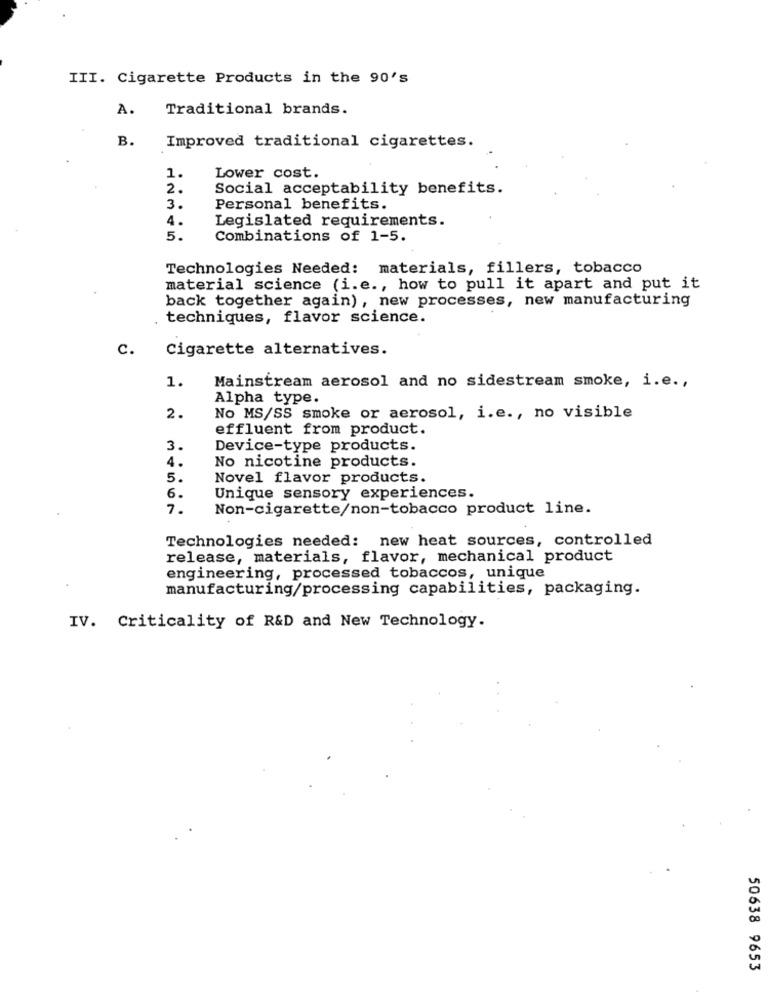
III. Cigarette Products in the 90's
A.
Traditional brands.
B.
Improved traditional cigarettes.
1.
Lower cost.
2.
Social acceptability benefits.
3.
Personal benefits.
4.
Legislated requirements.
5.
Combinations of 1-5.
Technologies Needed: materials, fillers, tobacco
material science (i.e ., how to pull it apart and put it
back together again), new processes, new manufacturing
techniques, flavor science.
c.
Cigarette alternatives.
1.
Mainstream aerosol and no sidestream smoke, i.e .,
Alpha type.
2.
No MS/SS smoke or aerosol, i.e ., no visible
effluent from product.
3.
Device-type products.
No nicotine products.
4.
5.
Novel flavor products.
6.
Unique sensory experiences.
7.
Non-cigarette/non-tobacco product line.
Technologies needed: new heat sources, controlled
release, materials, flavor, mechanical product
engineering, processed tobaccos, unique
manufacturing/processing capabilities, packaging.
IV. Criticality of R&D and New Technology.
50638 9653